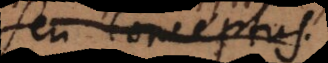
seu Conceptus.